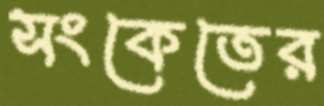
সংকেতের